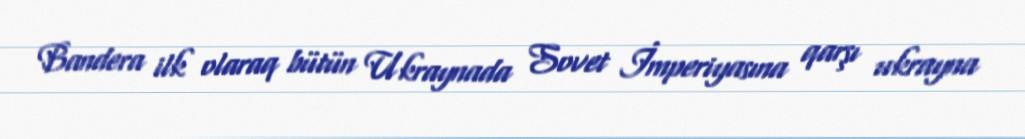
Bandera ilk olaraq bütün Ukraynada Sovet İmperiyasına qarşı ukrayna